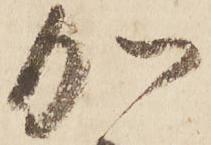
加